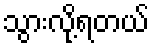
သွားလို့ရတယ်